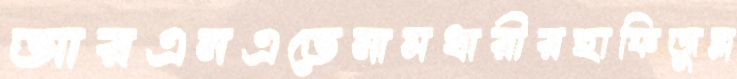
আরএনএতেনামধারীরহাফিজুল্ল